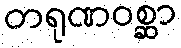
တရုဏဝစ္ဆာ